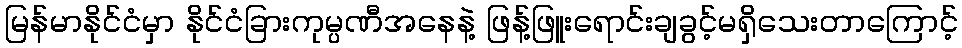
မြန်မာနိုင်ငံမှာ နိုင်ငံခြားကုမ္ပဏီအနေနဲ့ ဖြန့်ဖြူးရောင်းချခွင့်မရှိသေးတာကြောင့်